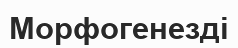
Морфогенезді